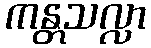
ကန္တသလ္လာ